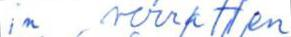
in verratten